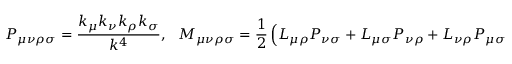
P _ { \mu \nu \rho \sigma } = \frac { k _ { \mu } k _ { \nu } k _ { \rho } k _ { \sigma } } { k ^ { 4 } } , \ \ \ M _ { \mu \nu \rho \sigma } = \frac { 1 } { 2 } \left( L _ { \mu \rho } P _ { \nu \sigma } + L _ { \mu \sigma } P _ { \nu \rho } + L _ { \nu \rho } P _ { \mu \sigma } + L _ { \nu \sigma } P _ { \mu \rho } \right) , \ \ \ m ^ { 2 } = \frac { \alpha \Lambda } { 2 } .